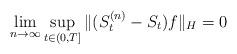
LaTeX: \begin{align*}\lim_{n \to \infty} \sup_{t \in (0,T]} \|(S^{(n)}_t - S_t) f\|_H = 0\end{align*}